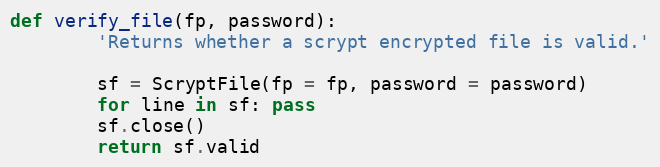
Language: Python
def verify_file(fp, password):
        'Returns whether a scrypt encrypted file is valid.'

        sf = ScryptFile(fp = fp, password = password)
        for line in sf: pass
        sf.close()
        return sf.valid